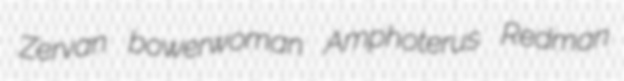
Zervan bowerwoman Amphoterus Redman